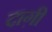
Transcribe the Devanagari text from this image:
दाग़ी